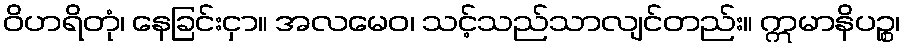
ဝိဟရိတုံ၊ နေခြင်းငှာ။ အလမေဝ၊ သင့်သည်သာလျင်တည်း။ ဣမာနိပဉ္စ၊